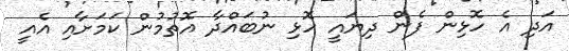
އަދި އެ ހޮޅިން ފެން ދިޔައީ ހޮޅި ނުބައްދާ އޮތުމުން ކަމަށާއި އެއީ